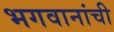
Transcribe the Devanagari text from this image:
भगवानांची